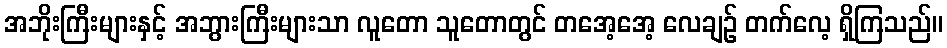
အဘိုးကြီးများနှင့် အဘွားကြီးများသာ လူတော သူတောတွင် တအေ့အေ့ လေချဉ် တက်လေ့ ရှိကြသည်။